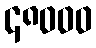
၄၈၀၀၀